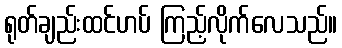
ရုတ်ချည်းထင်ဟပ် ကြည့်လိုက်လေသည်။